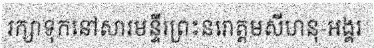
រក្សាទុកនៅសារមន្ទីរព្រះនរោត្តមសីហនុ-អង្គរ